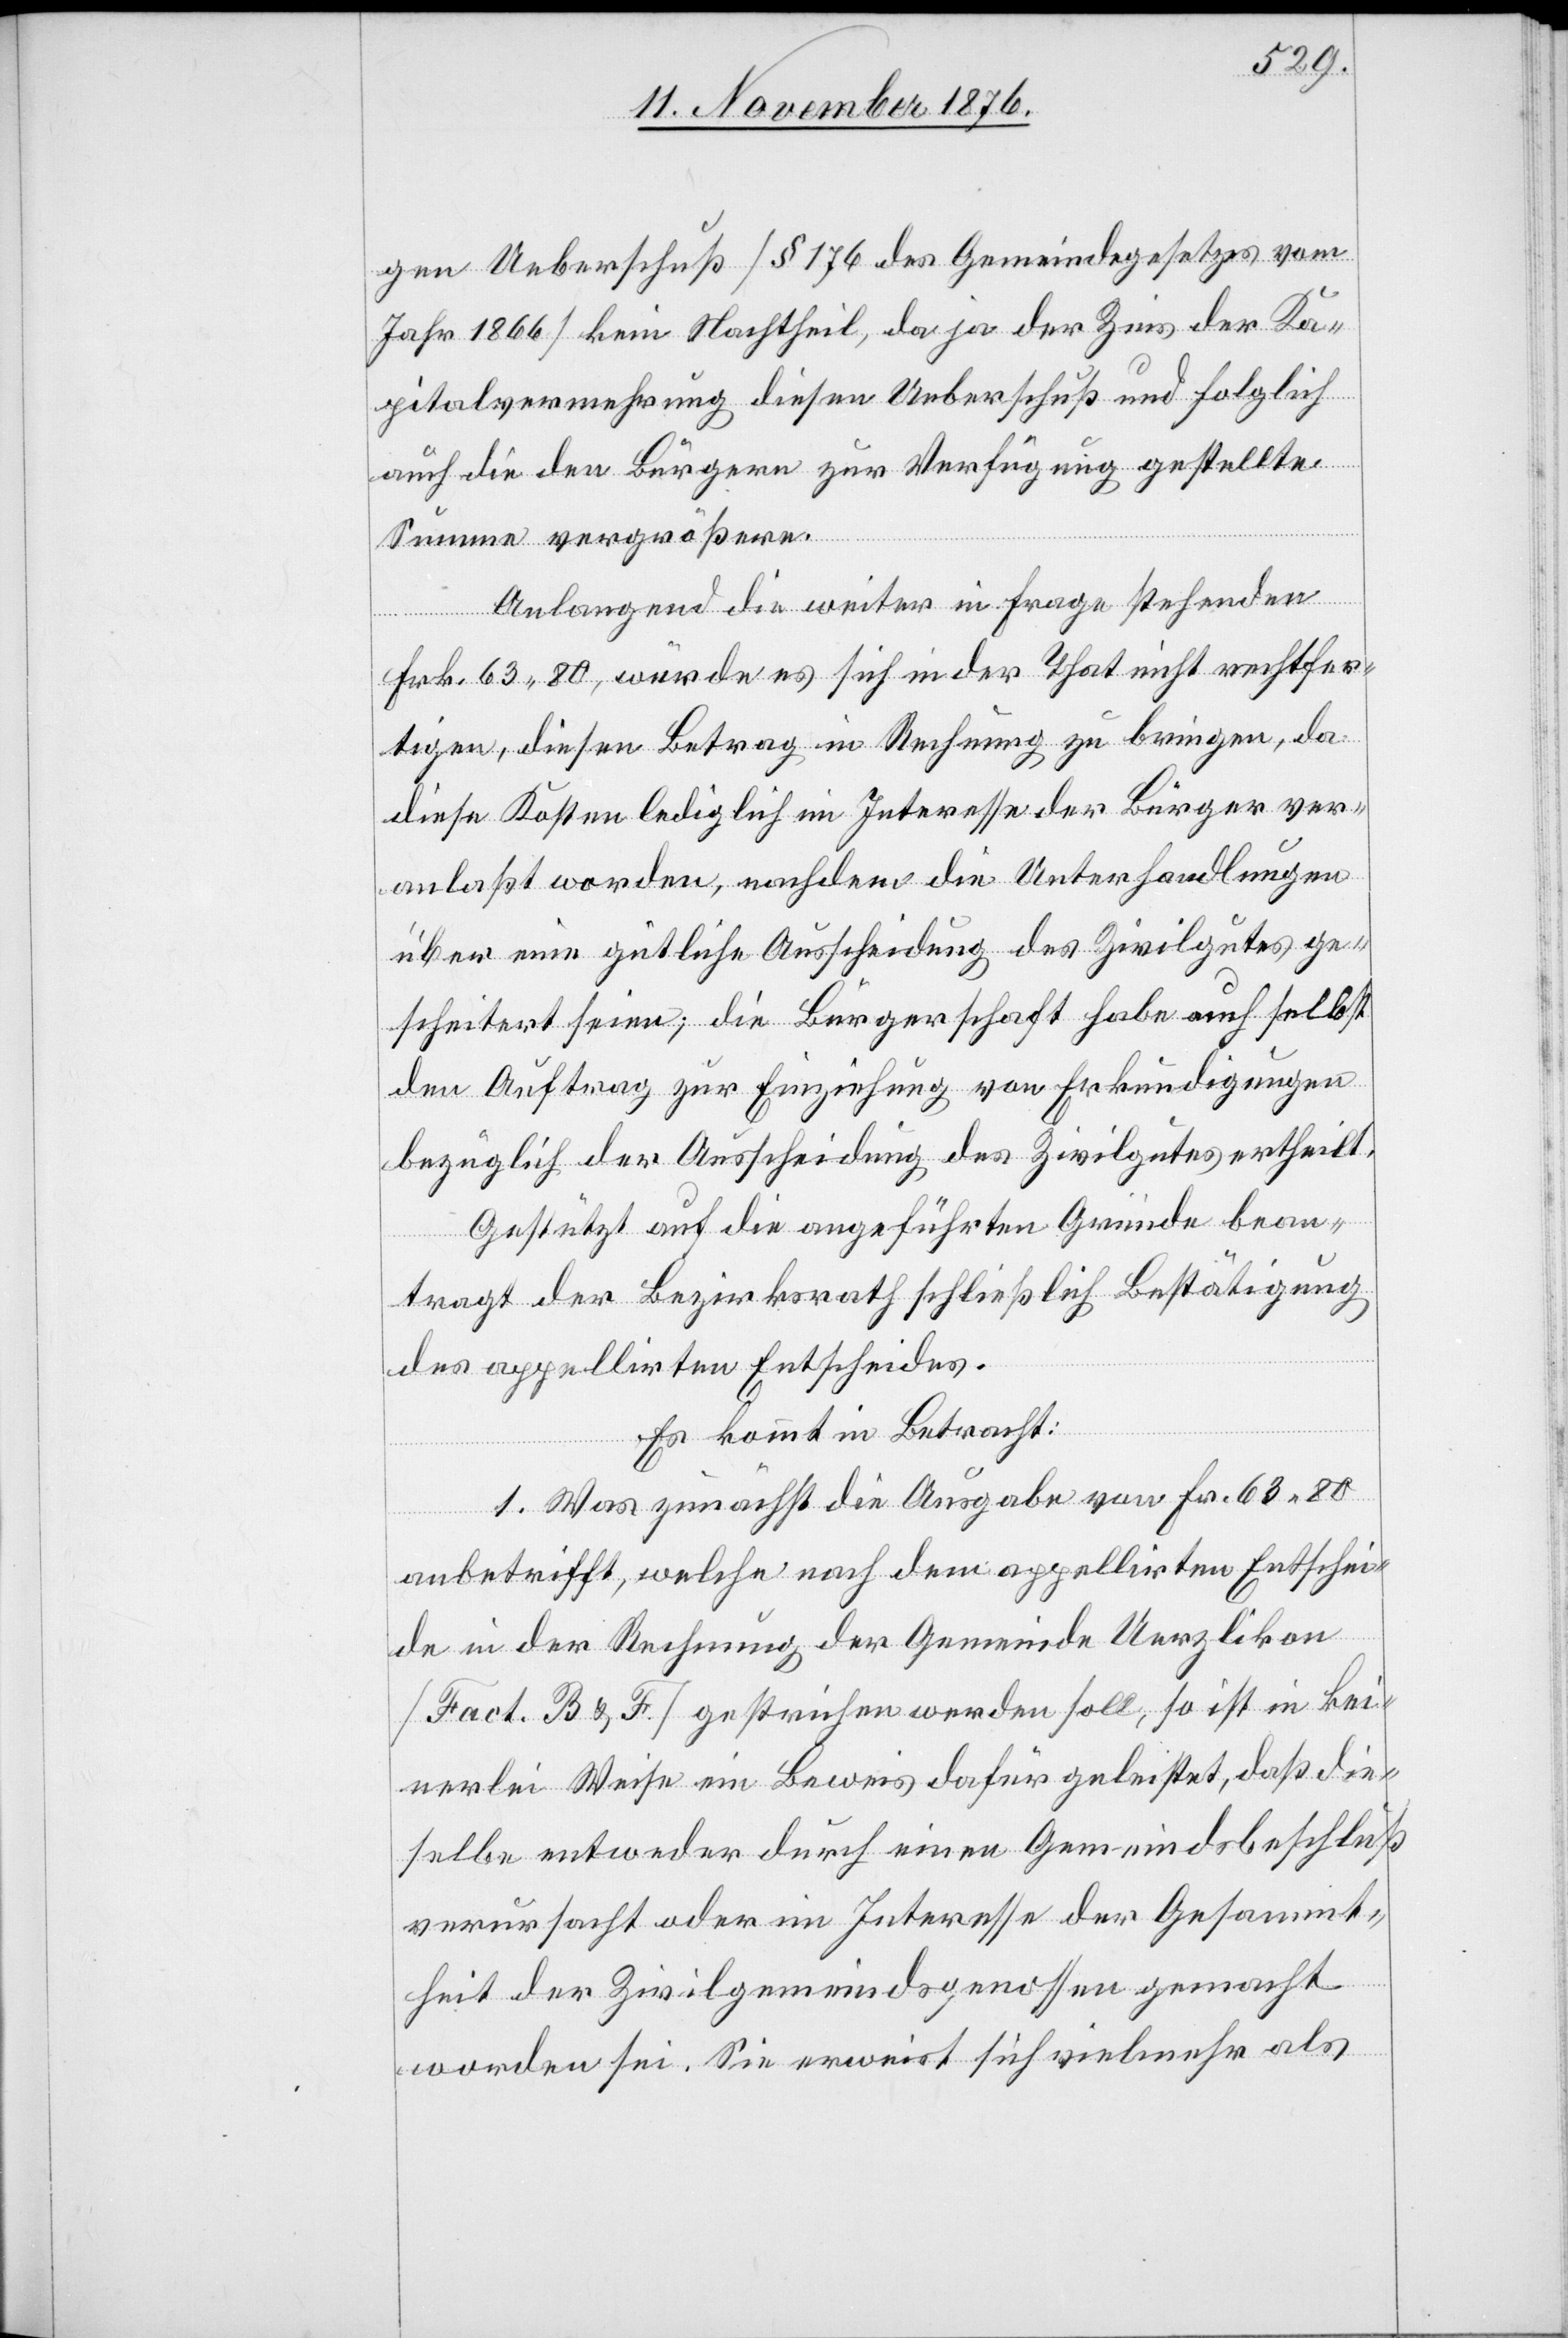
gen Ueberschuß [§ 176 des Gemeindegesetzes vom
Jahr 1866] kein Nachtheil, da ja der Zins der Ka¬
pitalvermehrung diesen Ueberschuß und folglich
auch die den Bürgern zur Verfügung gestellte
Summe vergrößere.
Anlangend die weiter in Frage stehenden
Frk. 63 80, würde es sich in der That nicht rechtfer¬
tigen, diesen Betrag in Rechnung zu bringen, da
diese Kosten lediglich im Interesse der Bürger ver¬
anlaßt worden, nachdem die Unterhandlungen
über eine gütliche Ausscheidung des Zivilgutes ge¬
scheitert seien; die Bürgerschaft habe auch selbst
den Auftrag zur Einziehung von Erkundigungen
bezüglich der Ausscheidung des Zivilgutes ertheilt.
Gestützt auf die angeführten Gründe bean¬
tragt der Bezirksrath schließlich Bestätigung
des appellirten Entscheides.
Es kommt in Betracht:
1. Was zunächst die Ausgabe von Fr. 63 80
anbetrifft, welche nach dem appellirten Entschei¬
de in der Rechnung der Gemeinde Uerzlikon
[Fact. B & F] gestrichen werden soll, so ist in kei¬
nerlei Weise ein Beweis dafür geleistet, daß die¬
selbe entweder durch einen Gemeindsbeschluß
verursacht oder im Interesse der Gesammt¬
heit der Zivilgemeindsgenossen gemacht
worden sei. Sie erweist sich vielmehr als